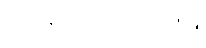
ပါ-၄၁၂၊ ဋ္ဌ-၂၀၈။